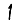
Digit: 1